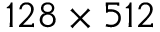
1 2 8 \times 5 1 2